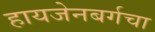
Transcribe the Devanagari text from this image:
हायजेनबर्गचा